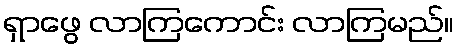
ရှာဖွေ လာကြကောင်း လာကြမည်။